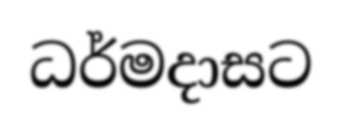
ධර්මදාසට